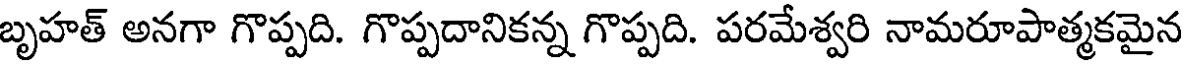
బృహత్ అనగా గొప్పది. గొప్పదానికన్న గొప్పది. పరమేశ్వరి నామరూపాత్మకమైన